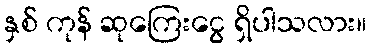
နှစ် ကုန် ဆုကြေးငွေ ရှိပါသလား။